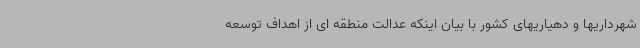
شهرداریها و دهیاریهای کشور با بیان اینکه عدالت منطقه ای از اهداف توسعه